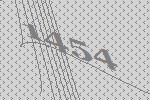
1454